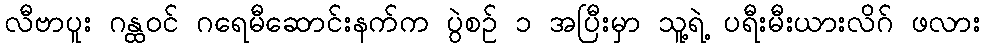
လီဗာပူး ဂန္ထဝင် ဂရေမီဆောင်းနက်က ပွဲစဉ် ၁ အပြီးမှာ သူ့ရဲ့ ပရီးမီးယားလိဂ် ဖလား